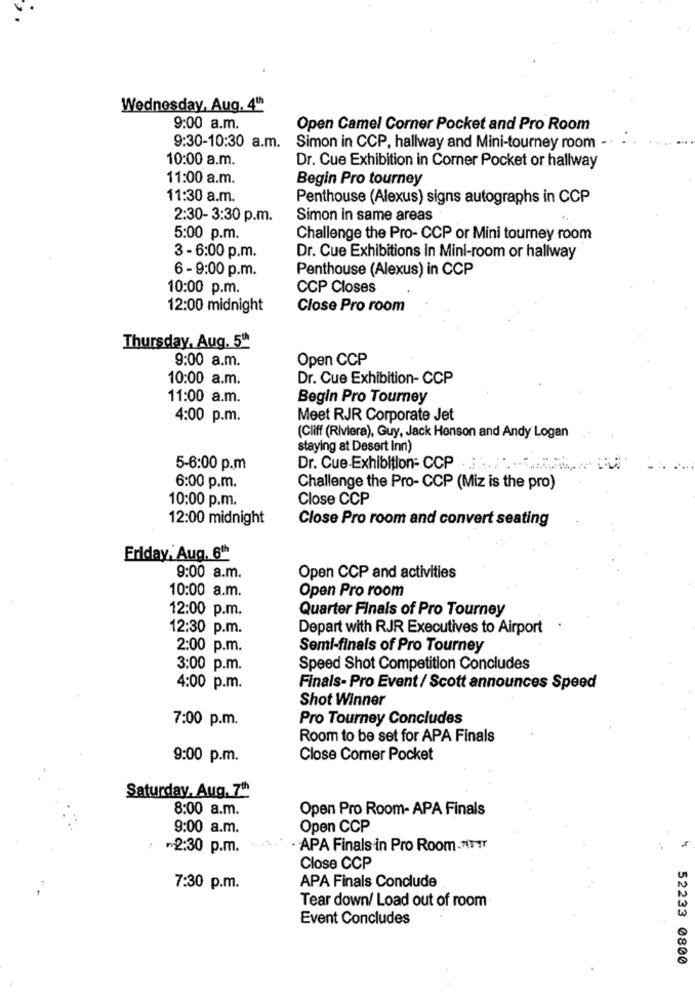
Wednesday, Aug. 4th
9:00 a.m.
Open Camel Corner Pocket and Pro Room
9:30-10:30 a.m.
Simon in CCP, hallway and Mini-tourney room -.
10:00 a.m.
Dr. Cue Exhibition in Corner Pocket or hallway
11:00 a.m.
Begin Pro tourney
11:30 a.m.
Penthouse (Alexus) signs autographs in CCP
2:30- 3:30 p.m.
Simon in same areas
5:00 p.m.
Challenge the Pro- CCP or Mini tourney room
3 - 6:00 p.m.
Dr. Cue Exhibitions in Mini-room or hallway
6 - 9:00 p.m.
Penthouse (Alexus) in CCP
10:00 p.m.
CCP Closes
12:00 midnight
Close Pro room
Thursday, Aug. 5"
9:00 a.m.
Open CCP
10:00 a.m.
Dr. Cue Exhibition- CCP
11:00 a.m.
Begin Pro Tourney
4:00 p.m.
Meet RJR Corporate Jet
(Cliff (Riviera), Guy, Jack Henson and Andy Logan
staying at Desert Inn)
5-6:00 p.m
Dr. Cue Exhibition- CCP
6:00 p.m.
Challenge the Pro- CCP (Miz is the pro)
10:00 p.m.
Close CCP
12:00 midnight
Close Pro room and convert seating
Friday, Aug. 6th
9:00 a.m.
Open CCP and activities
10:00 a.m.
Open Pro room
12:00 p.m.
Quarter Finals of Pro Tourney
12:30 p.m.
Depart with RJR Executives to Airport
2:00 p.m.
Semi-finals of Pro Tourney
3:00 p.m.
Speed Shot Competition Concludes
4:00 p.m.
Finals- Pro Event/ Scott announces Speed
Shot Winner
7:00 p.m.
Pro Tourney Concludes
Room to be set for APA Finals
9:00 p.m.
Close Corner Pocket
Saturday. Aug. 7
8:00 a.m.
Open Pro Room- APA Finals
9:00 a.m.
Open CCP
₪2:30 p.m.
APA Finals in Pro Room -HIT !!
..
Close CCP
APA Finals Conclude
7:30 p.m.
Tear down/ Load out of room
Event Concludes
52233 0800